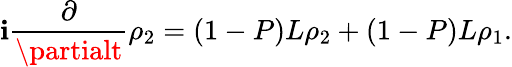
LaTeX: \mathbf{i}{\frac{{\partial}}{{\partialt}}}\rho_{2}=\left(1-P\right)L\rho_{2}+\left(1-P\right)L\rho_{1}.